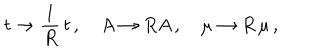
LaTeX: t \rightarrow \frac { 1 } { R } \, t \, , \quad A \rightarrow R A \, , \quad \mu \rightarrow R \, \mu \, ,